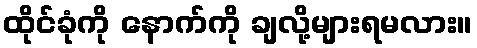
ထိုင်ခုံကို နောက်ကို ချလို့များရမလား။